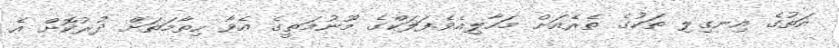
އަތުގެ އިނގިލި ތަކުގެ ތެރެއަށް މަހާލިއެވެ.ފަލަކްގެ މޫނުމަތީގެ އެވާ ހިތާމަތަށް ދުރުކޮށް އެ